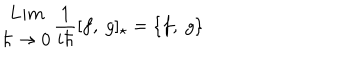
\begin{array} { c } { { L i m } } \\ { { \hbar \rightarrow 0 } } \\ \end{array} \frac { 1 } { i \hbar } [ f , ~ g ] _ { \star } = \{ f , ~ g \}